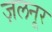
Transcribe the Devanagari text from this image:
ज़लनूर